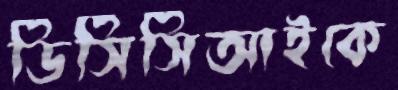
ডিসিসিআইকে